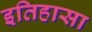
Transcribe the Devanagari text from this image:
इतिहासा